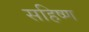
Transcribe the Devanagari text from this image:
सहिष्ण